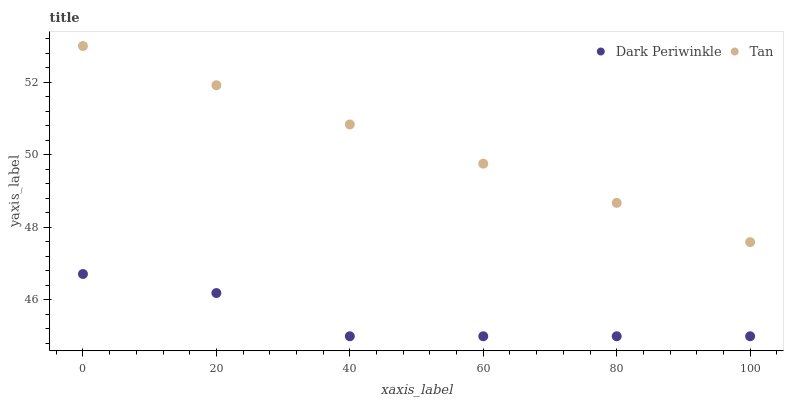
| xaxis_label | Dark Periwinkle | Tan |
 | --- | --- | --- |
 | 0 | 46.7 | 53 |
 | 20 | 46.2 | 51.9 |
 | 40 | 45 | 50.8 |
 | 60 | 45 | 49.8 |
 | 80 | 45 | 48.7 |
 | 100 | 45 | 47.6 |